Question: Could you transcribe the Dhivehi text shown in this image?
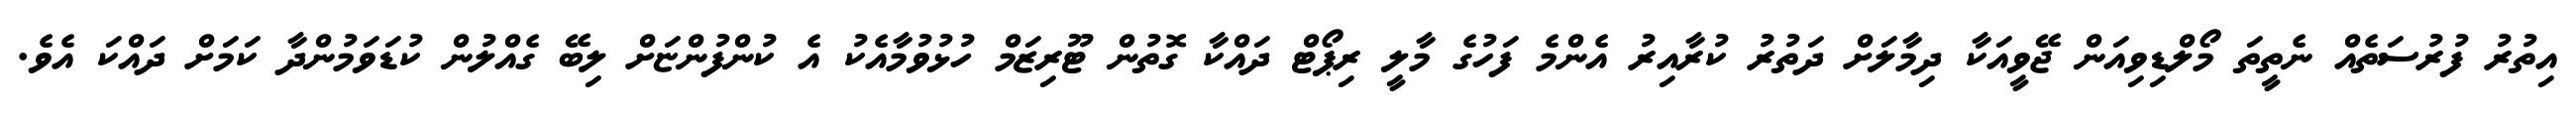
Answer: އިތުރު ފުރުސަތެއް ނެތީތަ މޯލްޑިވިއަން ޖޭވީއަކާ ދިމާލަށް ދަތުރު ކުރާއިރު އެންމެ ފަހުގެ މާލީ ރިޕޯޓް ދައްކާ ގޮތުން ޓޫރިޒަމް ހުޅުވުމާއެކު އެ ކުންފުންޏަށް ލިބޭ ގެއްލުން ކުޑަވަމުންދާ ކަމަށް ދައްކަ އެވެ.